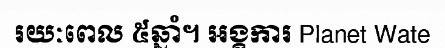
រយៈពេល ៥ឆ្នាំ។ អង្គការ Planet Wate